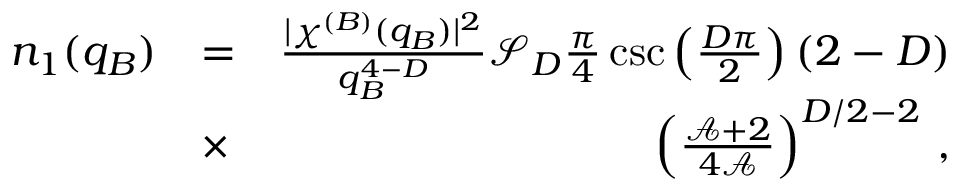
\begin{array} { r l r } { n _ { 1 } ( q _ { B } ) } & { = } & { \frac { \lvert \chi ^ { ( B ) } ( q _ { B } ) \rvert ^ { 2 } } { q _ { B } ^ { 4 - D } } \mathcal { S } _ { D } \frac { \pi } { 4 } \csc \left( \frac { D \pi } { 2 } \right) ( 2 - D ) } \\ & { \times } & { \left( \frac { \mathcal { A } + 2 } { 4 \mathcal { A } } \right) ^ { D / 2 - 2 } \, , } \end{array}